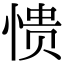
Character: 愦